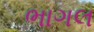
ભાગલ